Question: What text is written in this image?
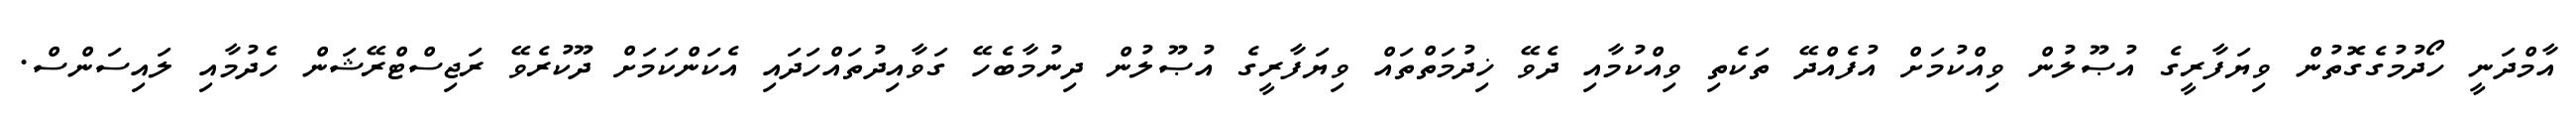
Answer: އާމްދަނީ ހޯދުމުގެގޮތުން ވިޔަފާރީގެ އުޞޫލުން ވިއްކުމަށް އުފެއްދޭ ތަކެތި ވިއްކުމާއި ދެވޭ ޚިދުމަތްތައް ވިޔަފާރީގެ އުޞޫލުން ދިނުމާބެހޭ ގަވާއިދުތައްހަދައި އެކަންކަމަށް ދޫކުރެވޭ ރަޖިސްޓްރޭޝަން ހެދުމާއި ލައިސަންސް.